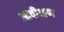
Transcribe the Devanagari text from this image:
आवीक्षण